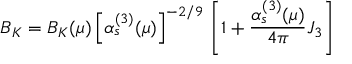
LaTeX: B _ { K } = B _ { K } ( \mu ) \left[ \alpha _ { s } ^ { ( 3 ) } ( \mu ) \right] ^ { - 2 / 9 } \, \left[ 1 + \frac { \alpha _ { s } ^ { ( 3 ) } ( \mu ) } { 4 \pi } J _ { 3 } \right]